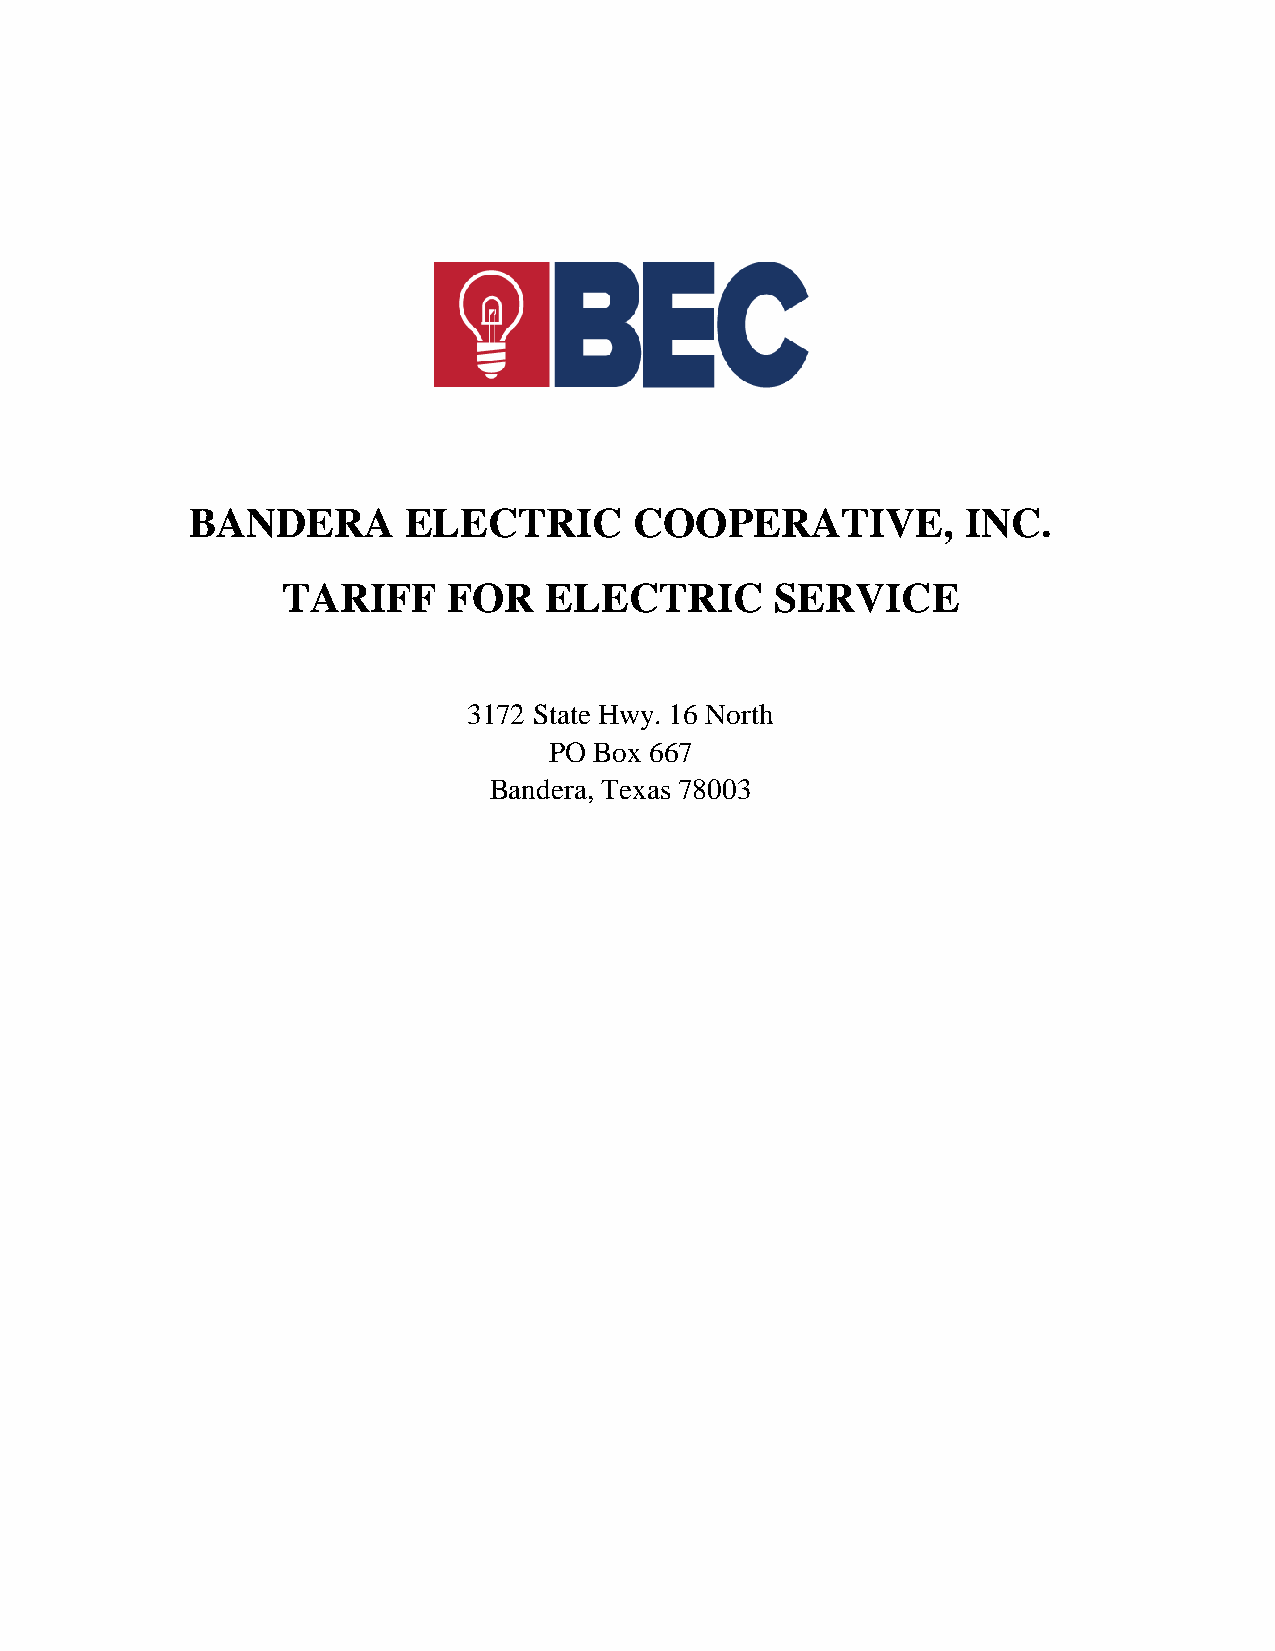
BANDERA       ELECTRIC       COOPERATIVE,          INC.
 TARIFF     FOR   ELECTRIC       SERVICE
 3172 State Hwy. 16 North
 PO Box 667
 Bandera, Texas 78003